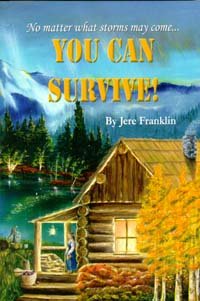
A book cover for You Can Survive!; Jere Franklin; Crafts, Hobbies & Home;